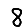
Digit: 8